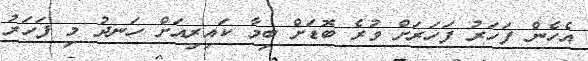
އެހެން ފަހަރު ފަހަރަށް ވުރެ ބޮޑަށް ބިމާ ކައިރިއަށް ހަނދު މި ފަހަރު